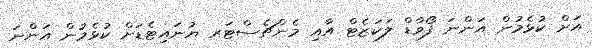
އަށް ކުޅެމުން އަންނަ ފޯވާޑް ލަކަޒެޓް އާއި މެންޗެސްޓަރ ޔުނައިޓެޑަށް ކުޅެމުން އަންނަ